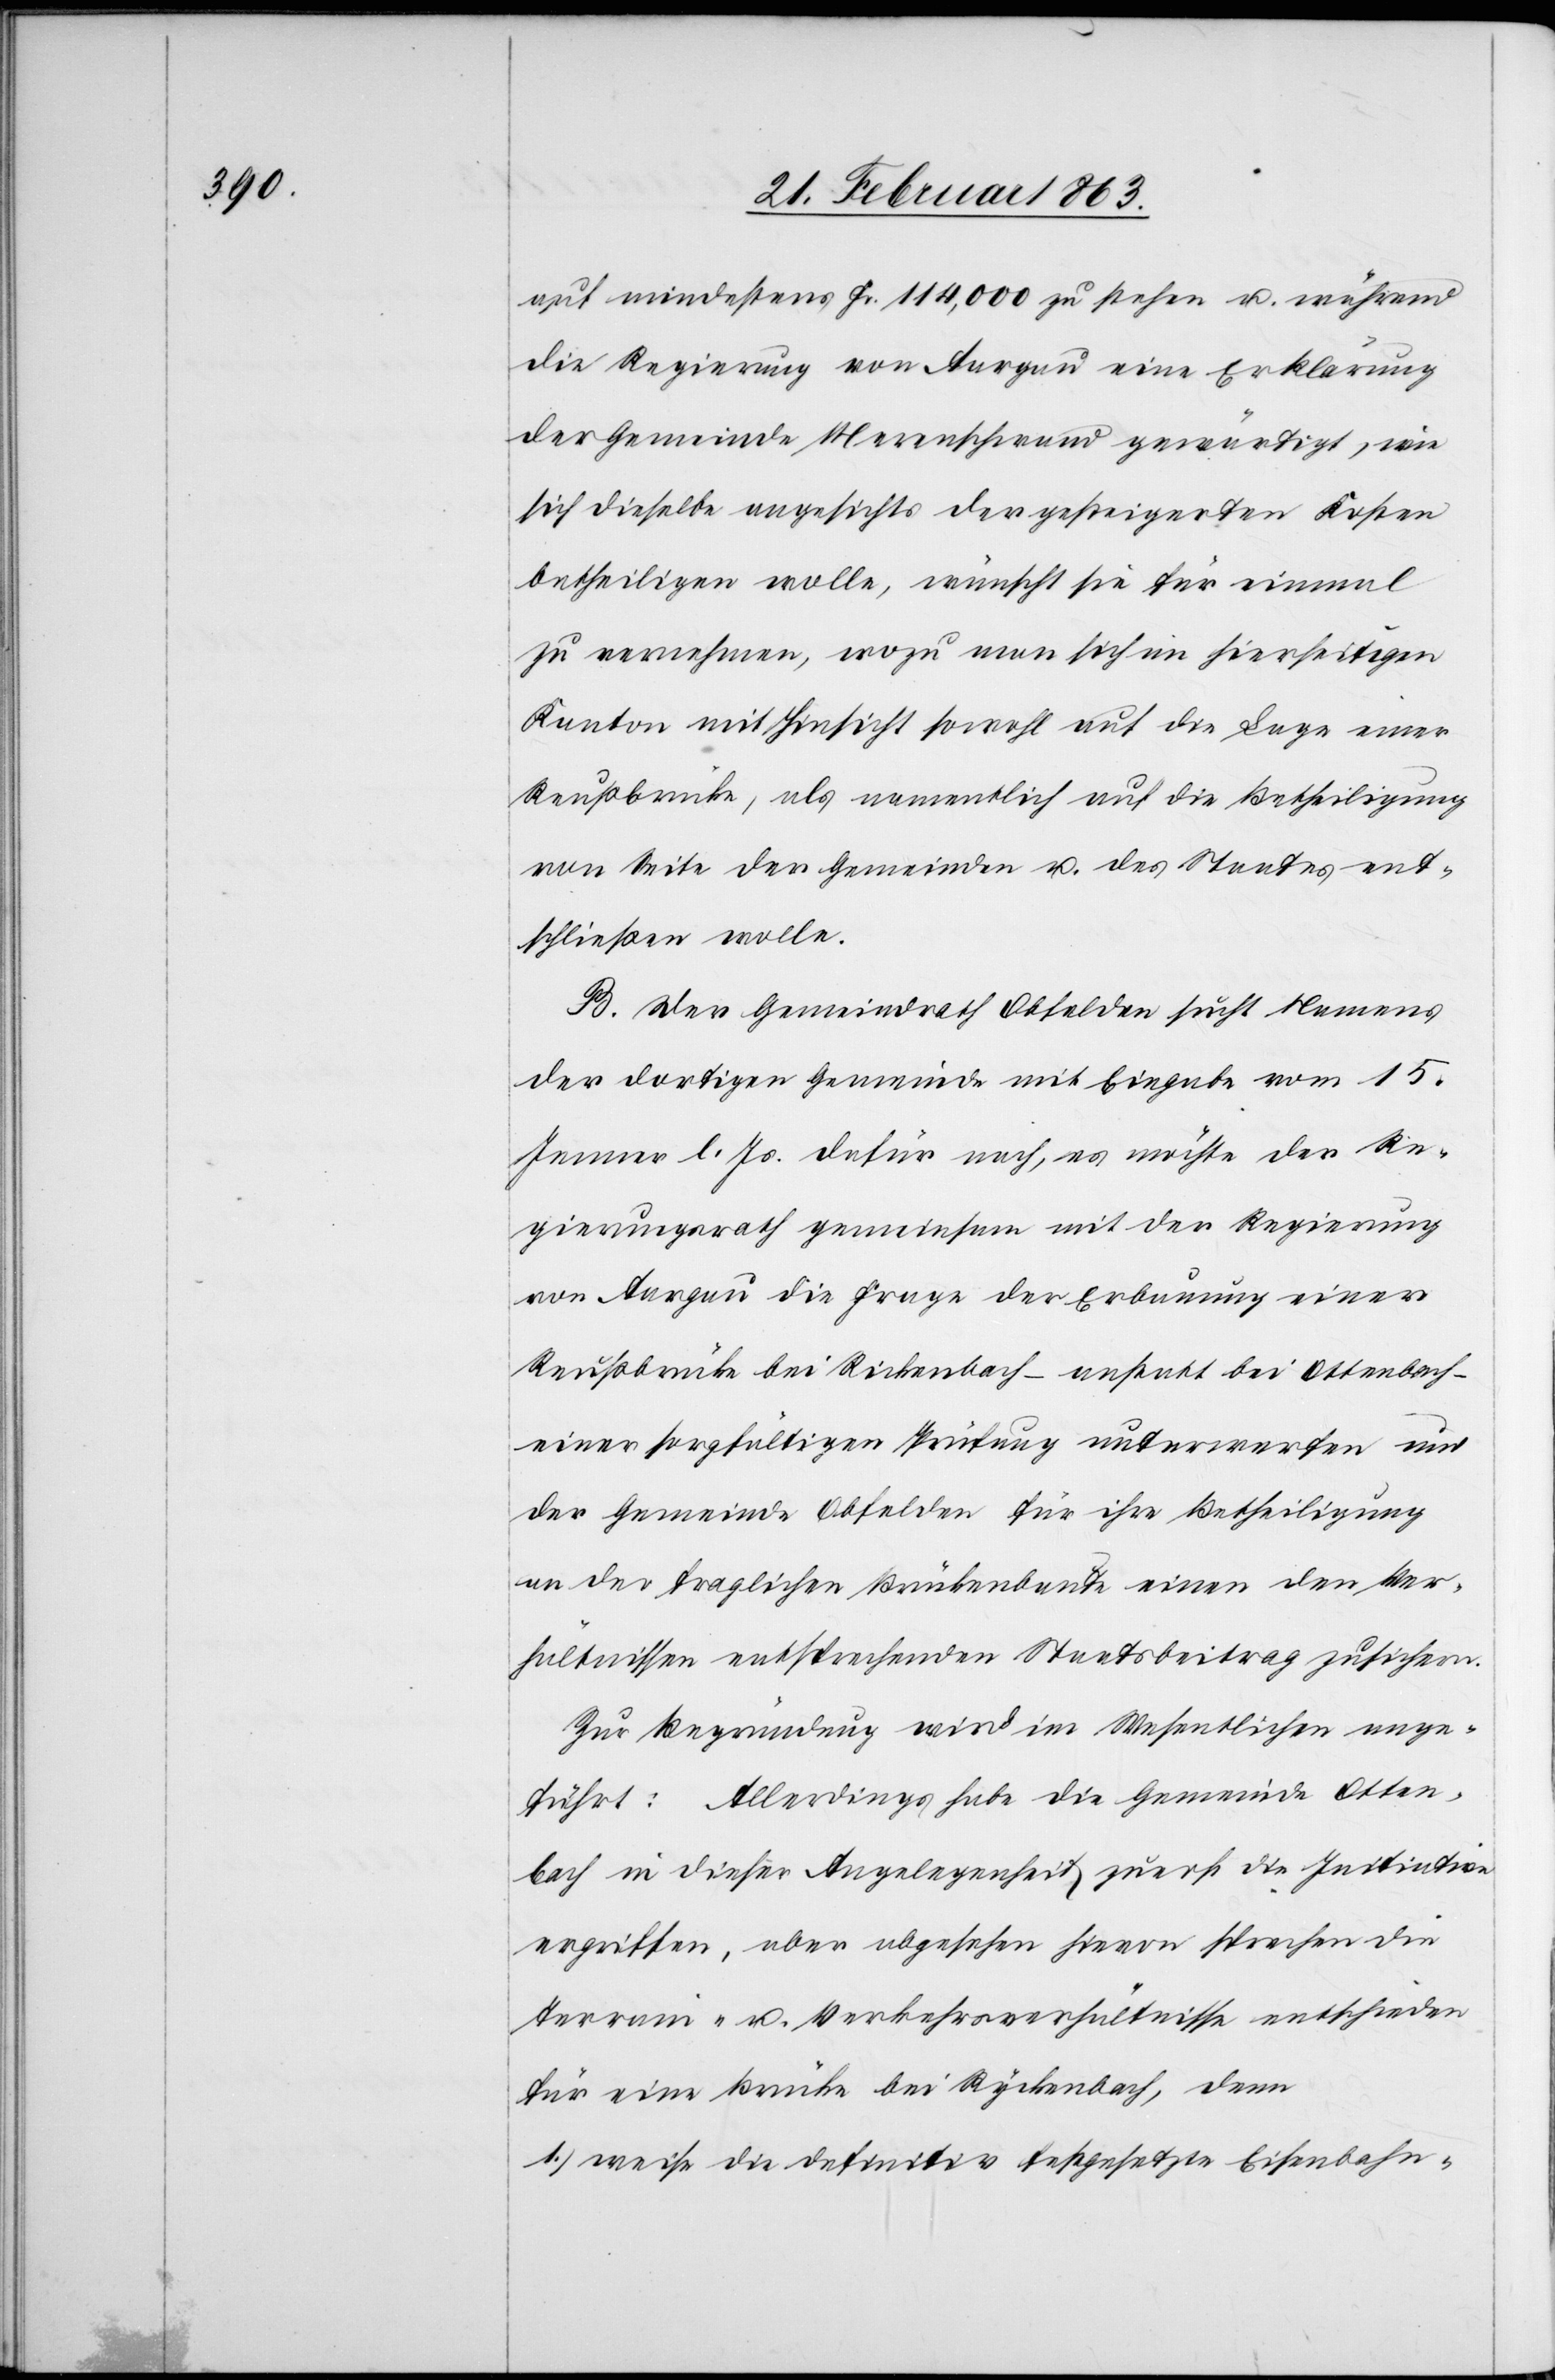
auf mindestens Fr. 114,000 zu stehen u. während
die Regierung von Aargau eine Erklärung
der Gemeinde Merenschwand gewärtigt, wie
sich dieselbe angesichts der gesteigerten Kosten
betheiligen wolle, wünscht sie für einmal
zu vernehmen, wozu man sich im hierseitigen
Kanton mit Hinsicht sowohl auf die Lage einer
Reußbrücke, als namentlich auf die Betheiligung
von Seite der Gemeinden u. des Staates ent¬
schließen wolle.
B. Der Gemeindrath Obfelden sucht Namens
der dortigen Gemeinde mit Eingabe vom 15.
Jenner l. Js. dafür nach, es möchte der Re¬
gierungsrath gemeinsam mit der Regierung
von Aargau die Frage der Erbauung einer
Reußbrücke bei Rickenbach – anstatt bei Ottenbach –
einer sorgfältigen Prüfung unterwerfen und
der Gemeinde Obfelden für ihre Betheiligung
an der fraglichen Brückenbaute einen den Ver¬
hältnissen entsprechenden Staatsbeitrag zusichern.
Zur Begründung wird im Wesentlichen ange¬
führt: Allerdings habe die Gemeinde Otten¬
bach in dieser Angelegenheit zuerst die Initiative
ergriffen, aber abgesehen hievon sprechen die
Terrain- u. Verkehrsverhältnisse entschieden
für eine Brücke bei Ryckenbach, denn
1.) weise die definitiv festgesetzte Eisenbahn-